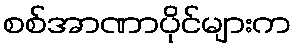
စစ်အာဏာပိုင်များက